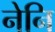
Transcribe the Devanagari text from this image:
नेनि